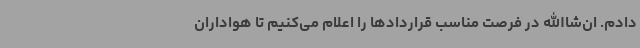
دادم. ان‌شاالله در فرصت مناسب قراردادها را اعلام می‌کنیم تا هواداران